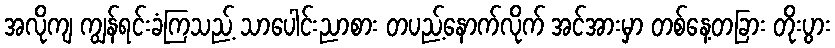
အလိုကျ ကျွန်ရင်းခံကြသည့် သာပေါင်းညာစား တပည့်နောက်လိုက် အင်အားမှာ တစ်နေ့တခြား တိုးပွား